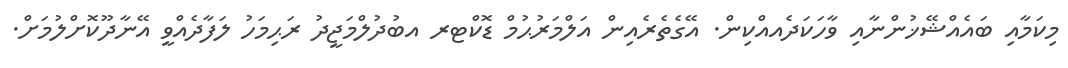
މިކަމާއި ބައެއްޝޭޚުންނާއި ވާހަކަދެއއްކިން. އޭގެތެރެއިން އަލްމަރުޙުމް ޑޮކްޓރ އބުދުލްމަޖީދު ރަޙިމަހު ލަފާދެއްވީ އޭނާދޫކޮށްލުމަށް.